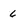
Character: 6